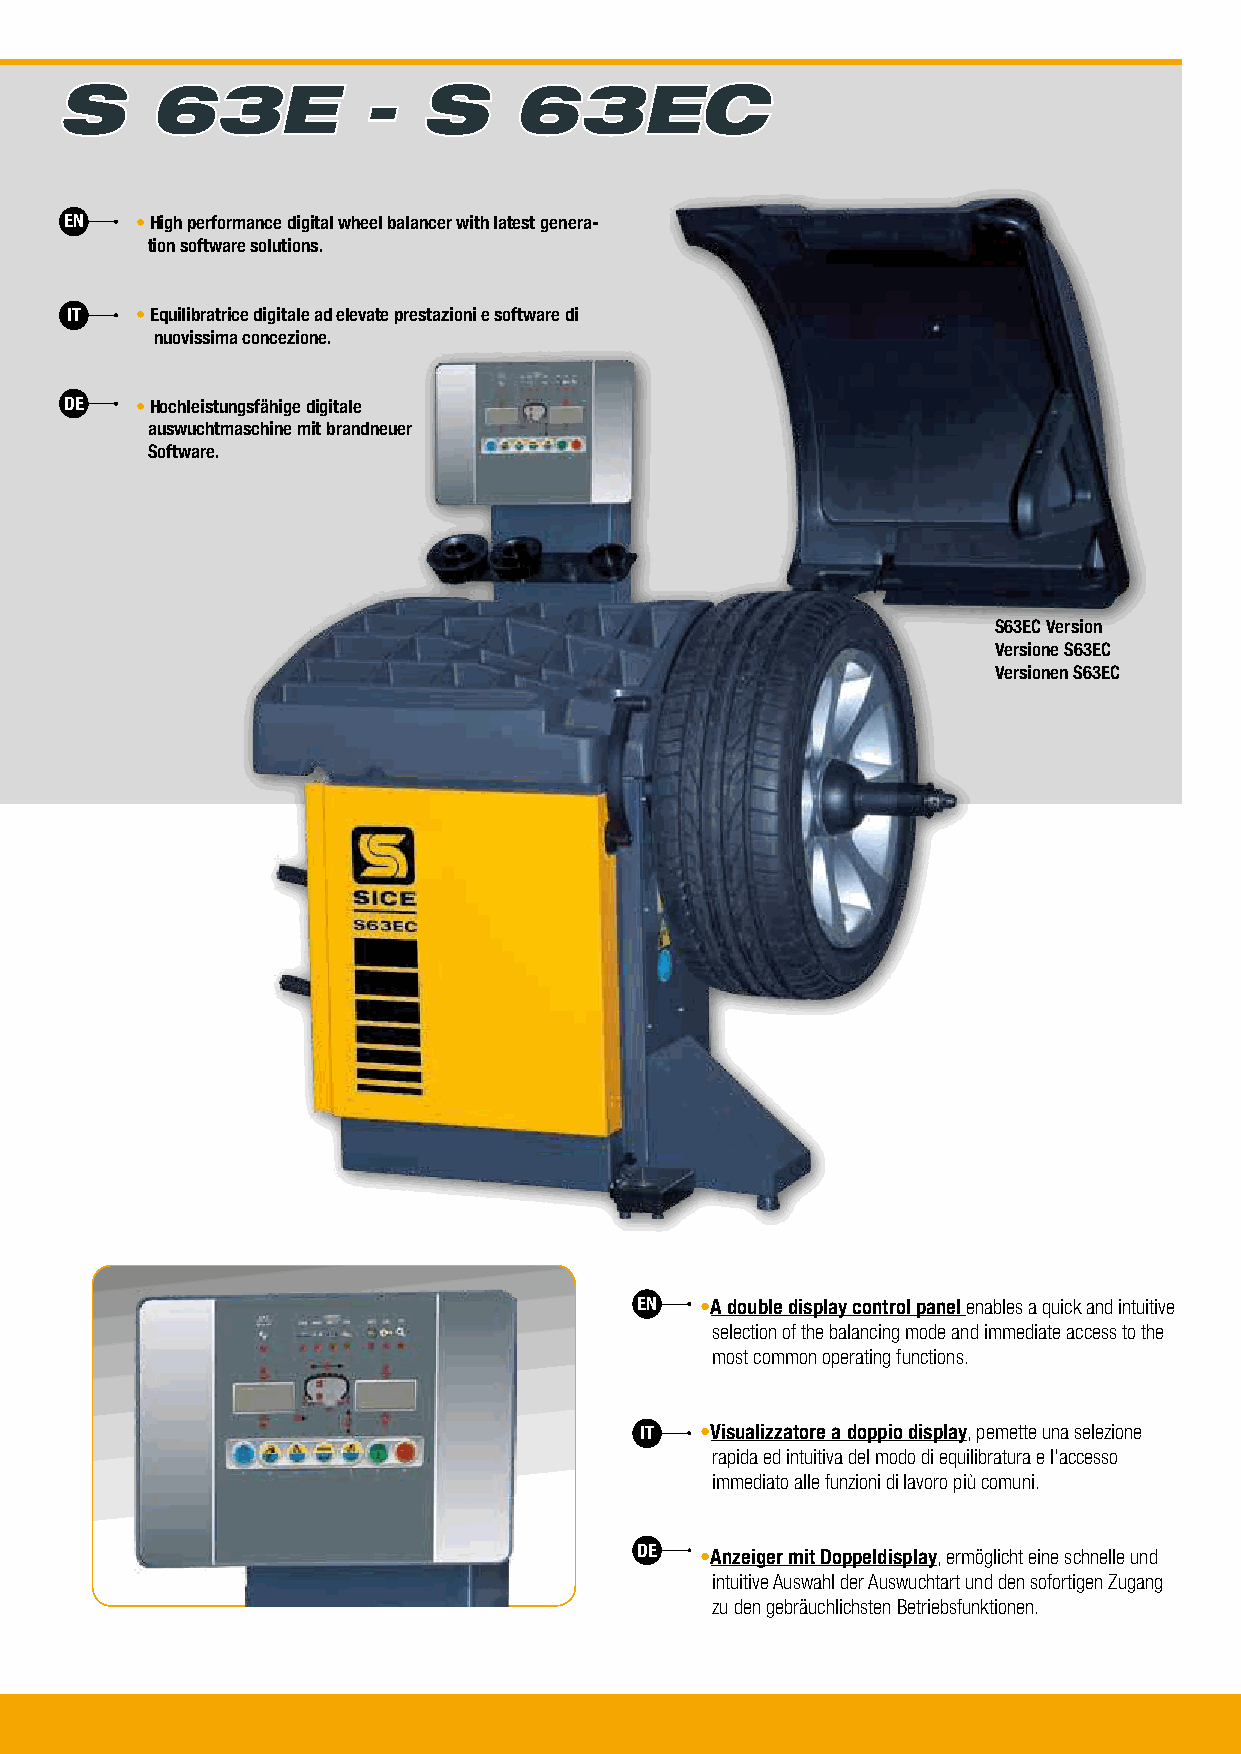
S     63E           -   S     63EC
 EN   • High performance digital wheel balancer with latest genera-
 tion software solutions.
 IT   • Equilibratrice digitale ad elevate prestazioni e software di
 nuovissima concezione.
 DE   • Hochleistungsfähige digitale
 auswuchtmaschine mit brandneuer
 Software.
 S63EC Version
 Versione S63EC
 Versionen S63EC
 EN  •A double display control panel enables a quick and intuitive
 selection of the balancing mode and immediate access to the
 most common operating functions.
 IT  •Visualizzatore a doppio display, pemette una selezione
 rapida ed intuitiva del modo di equilibratura e l’accesso
 immediato alle funzioni di lavoro più comuni.
 DE  •Anzeiger mit Doppeldisplay, ermöglicht eine schnelle und
 intuitive Auswahl der Auswuchtart und den sofortigen Zugang
 zu den gebräuchlichsten Betriebsfunktionen.